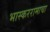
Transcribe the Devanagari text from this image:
भास्कररामाचा